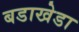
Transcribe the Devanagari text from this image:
बडाखेडा